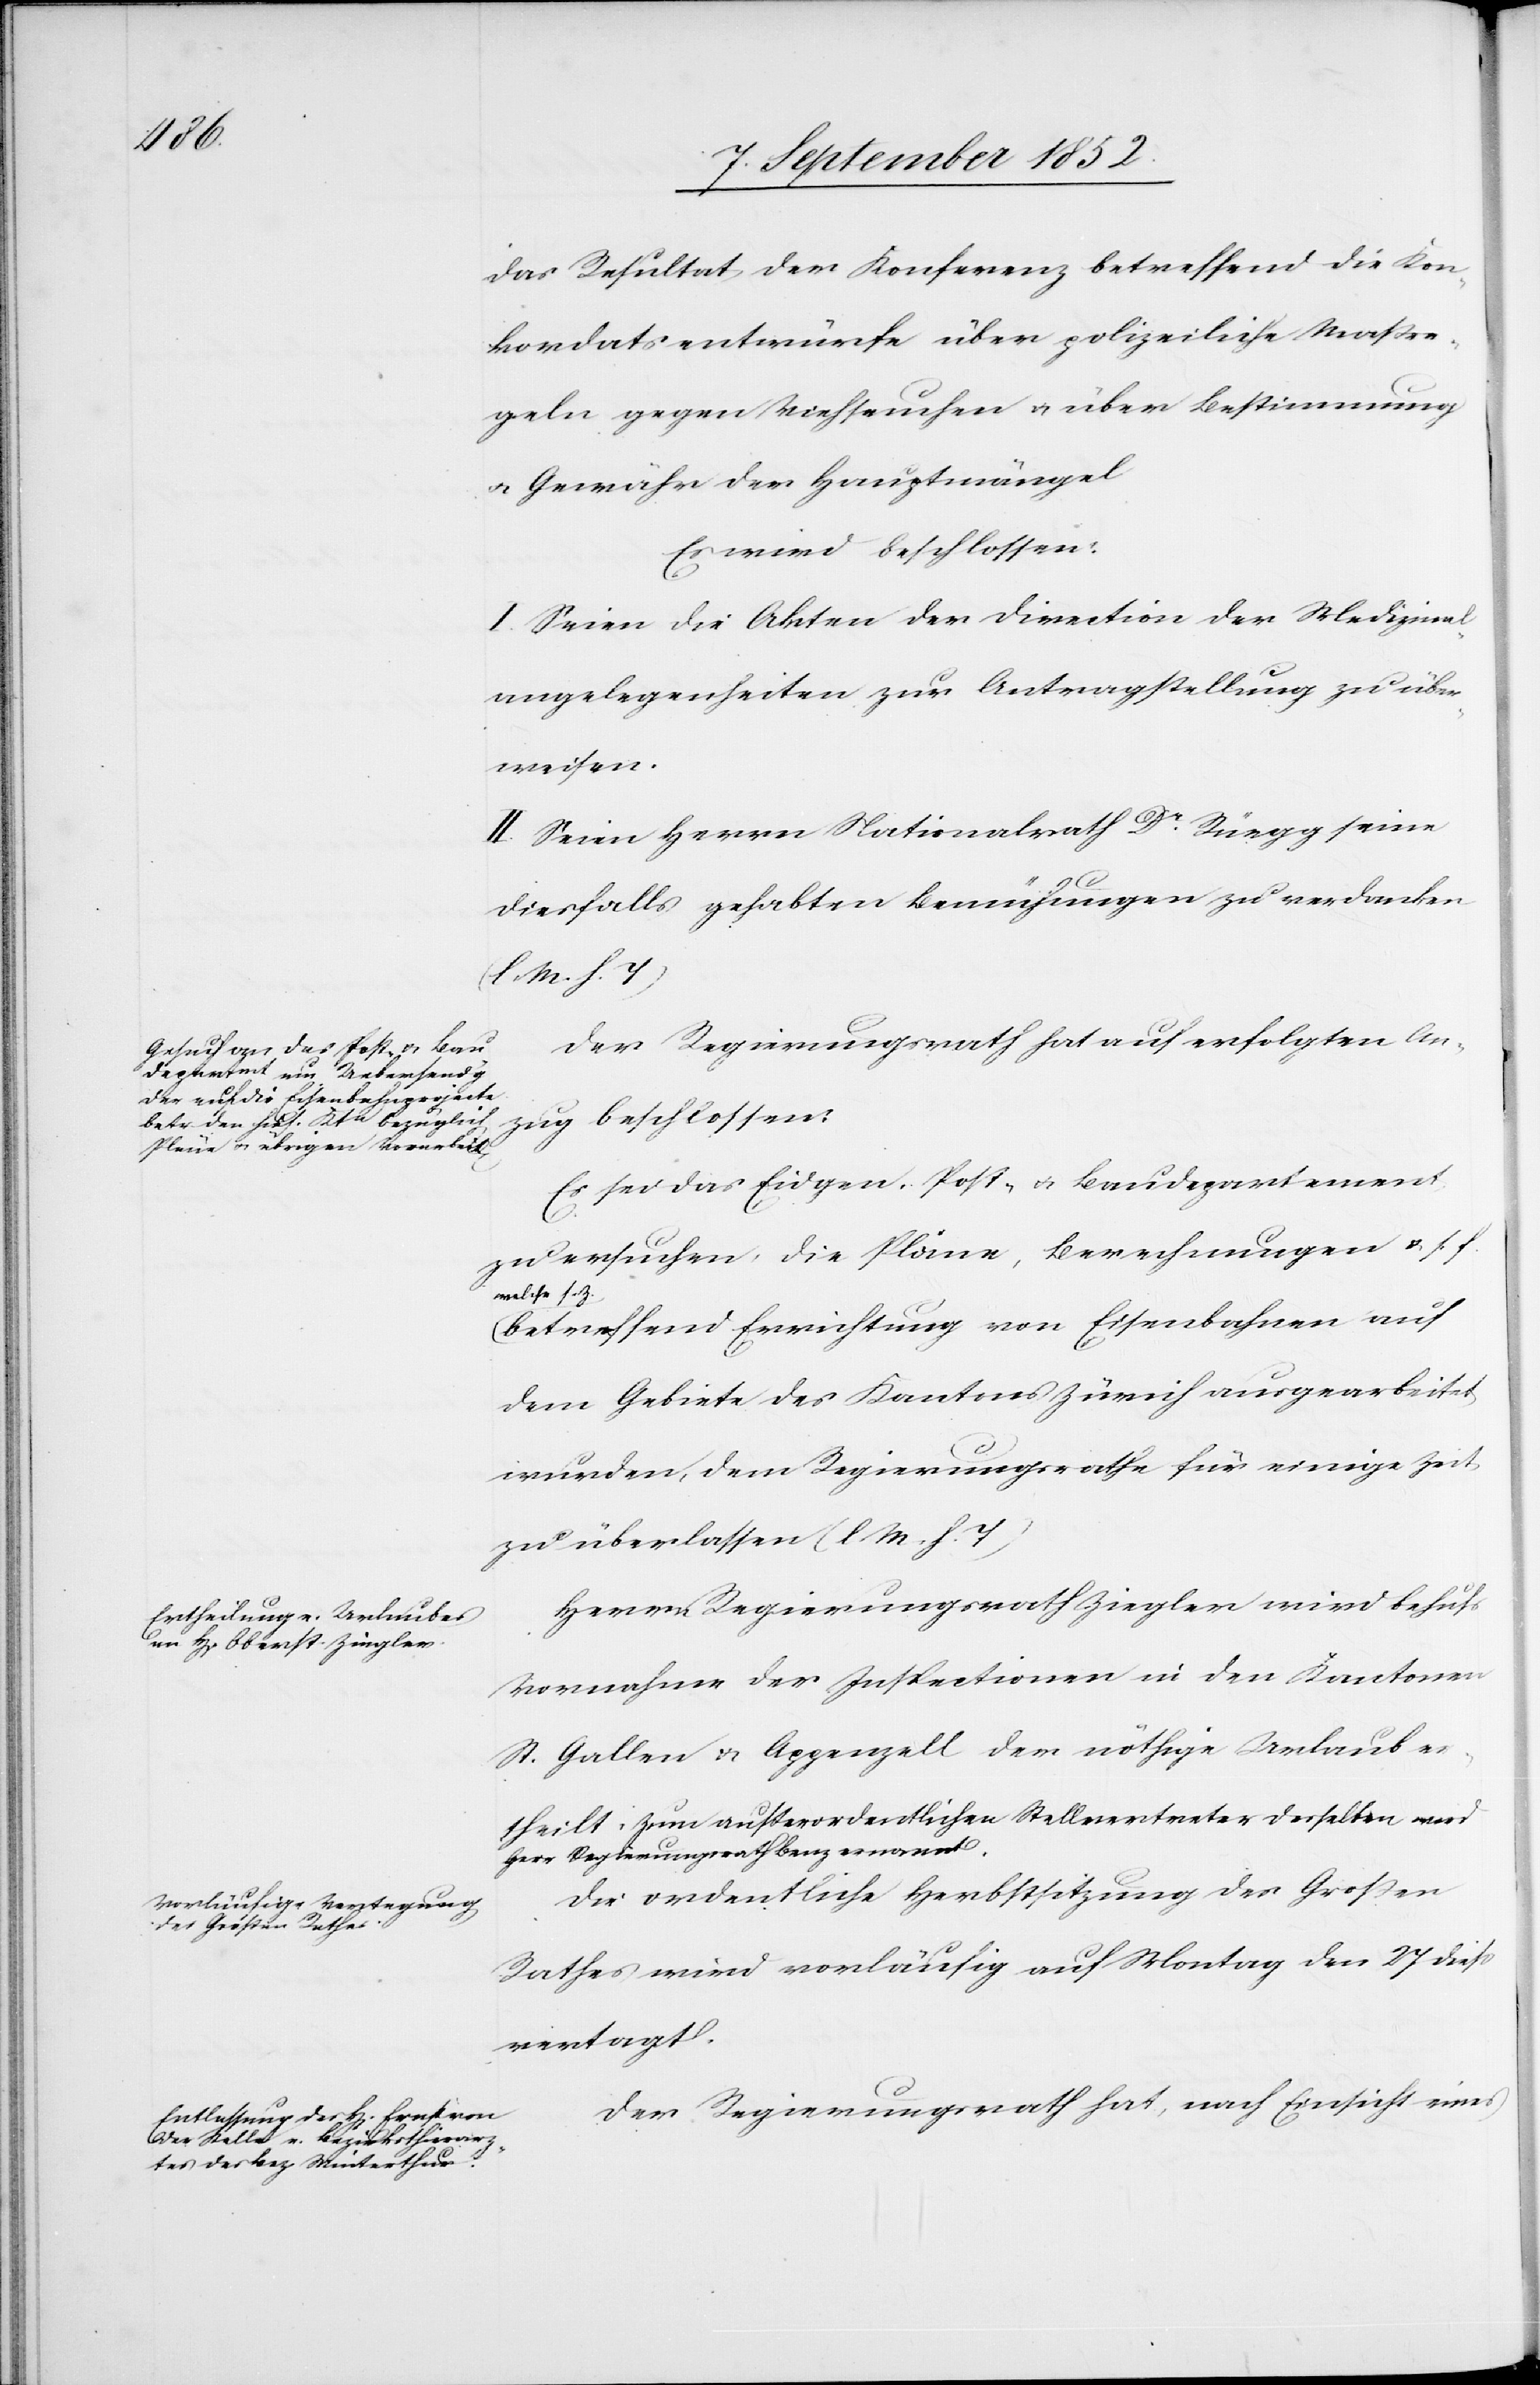
das Resultat der Konferenz betreffend die Kon¬
kordatsentwürfe über polizeiliche Maßre¬
geln gegen Viehseuchen & über Bestimmung
& Gewähr der Hauptmängel
Es wird beschlossen:
I. Seien die Akten der Direction der Medizinal¬
angelegenheiten zur Antragstellung zu über¬
weisen.
II. Seien Herrn Nationalrath Dr. Rüegg seine
diesfalls gehabten Bemühungen zu verdanken
(l M. h. T)[.]
Der Regierungsrath hat auf erfolgten An¬
zug beschlossen:
Es sei das Eidgen. Post- & Baudepartement
zu ersuchen, die Pläne, Berechnungen & s. f.
welche s. Z.
betreffend Errichtung von Eisenbahnen auf
dem Gebiete des Kantons Zürich ausgearbeitet
wurden, dem Regierungsrathe für einige Zeit
zu überlassen (l M. h. T)[.]
Herrn Regierungsrath Ziegler wird behufs
Vornahme der Inspectionen in den Kantonen
St. Gallen & Appenzell der nöthige Urlaub e¬
rtheilt. Zum außerordentlichen Stellvertreter desselben wird
Herr Regierungsrath Benz ernannt.
Die ordentliche Herbstsitzung des Großen
Rathes wird vorläufig auf Montag den 27 diess
vertagt.
Der Regierungsrath hat, nach Einsicht eines